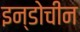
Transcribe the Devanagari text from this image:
इन्डोचीन